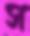
স